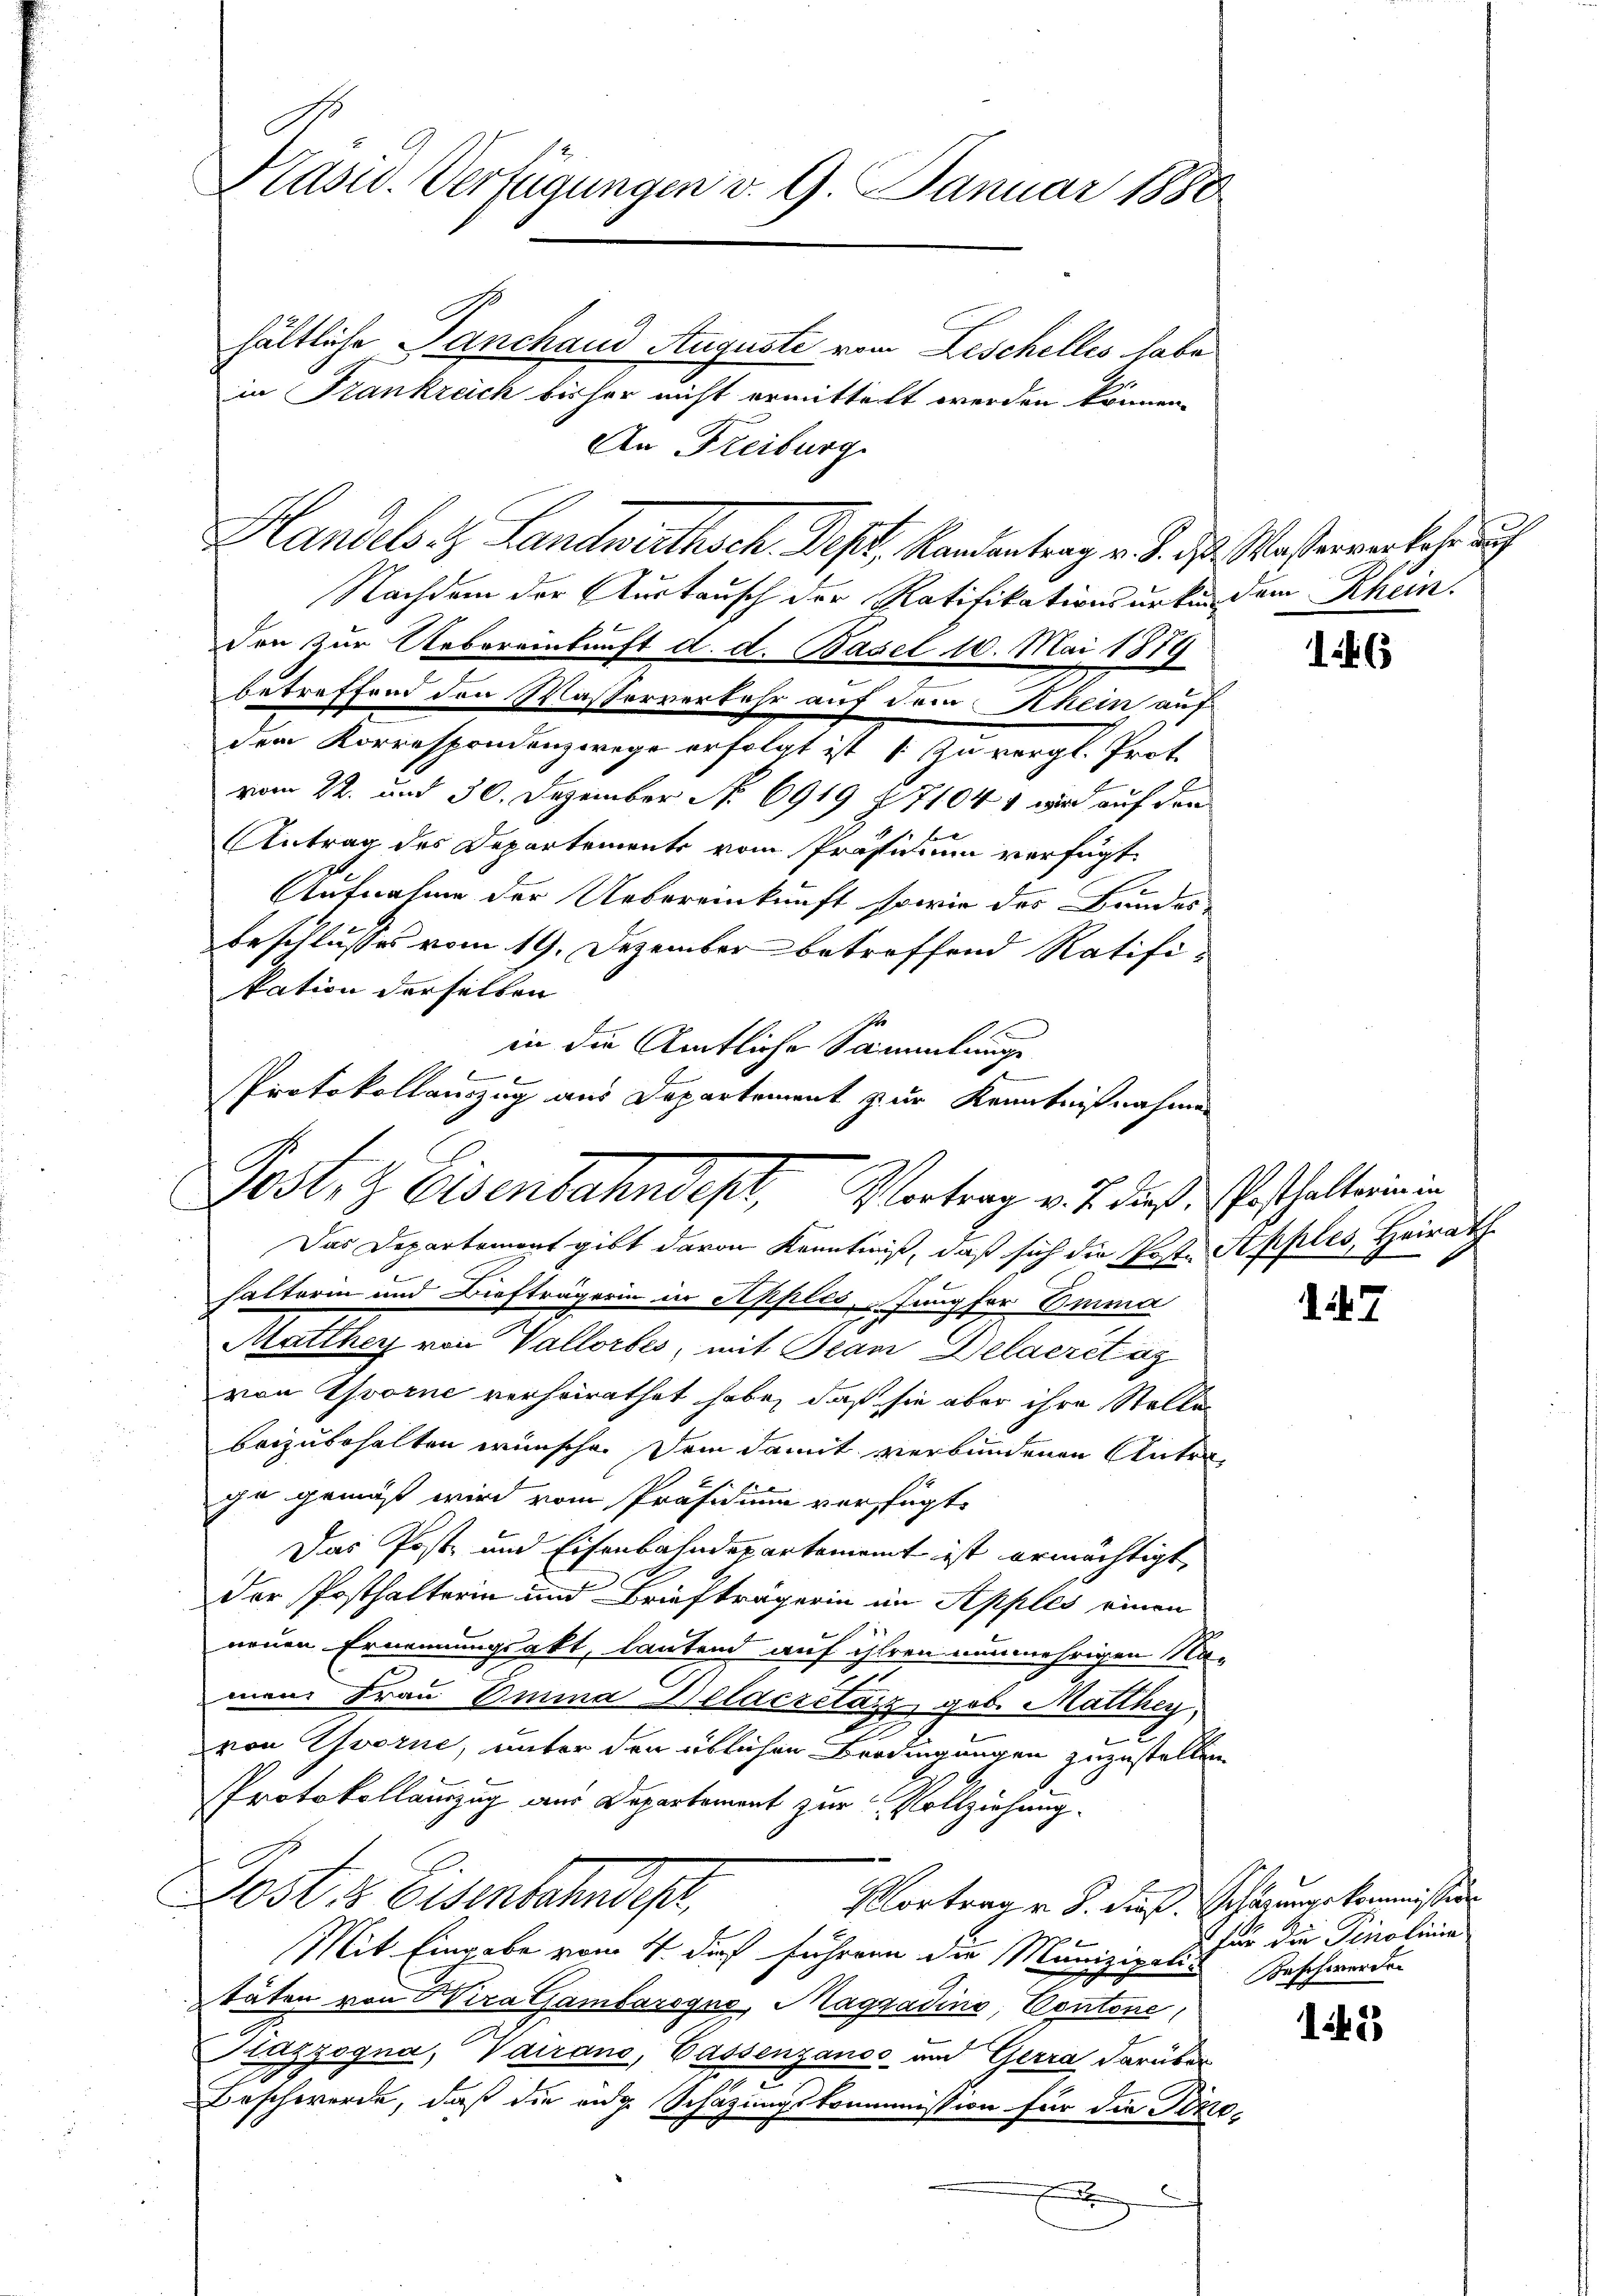
Präsid. Verfügungen v. 9. Januar 1880

Handels. z. Landwirthsch. Dest, Randantrag v. d. d. Wasserverkehr auf
Nachdem der Austausch der Ratifikationsurken dem Rhein.
den zur Uebereinkunft d. d. Basel 10. Mai 1879
betreffend den Wasserverkehr auf dem Khein auf
dem Korrespondenzwege erfolgt ist zu vergl. Prot
vom 22. und 30. Dezember No. 6919 § 71041 wird auf den
Antrag des Departements vom Präsidium verfügt:
Aufnahme der Uebereinkunft sowie der Bundes-
beschlusses vom 19. Dezember betreffend Ratifikation derselben
in die Amtliche Sammlunge
Das Departement gibt davon Kenntniß, daß sich die Poste Apples, Heirath
hatterin und Diefträgerin in Apples, Jungfor Emma
Matthey von Vallorbes, mit Jean Delacretag
von Yvorne verheirathet habe, daß sie aber ihre Stellen
beizubehalten wünsche. Dem damit verbundenen Unterge gemäß wird vom Präsidium verfügte
Das Post- und Eisenbahndepartement ist ermächtigt,
der Posthalterin und Briefträgerin im Apples einen
neuen Ernennungsakt, lautend auf ihren nunmehrigen Na-
mein Frau Omina Helderetanz geb. Matthey
von vorne, unter der üblichen Berdingungen zuzustellen.
Protokollamzug aus Departement zur Vollziehung.
Poster Eisenbehandest,
Portrag u. S. dieß. Schazungskommission
Mit Eingabe vom 4. du führen die Munizipal für die Tinolinia
täten von Wira Gambarsque, Maggadino, Contone,
Kazzogna, Vairano, Passenzanos und Gerra darüber
u
Beschwerde, daß die eidg. Schazungskommission für die Pizzo¬

h

hältliche Tanchand Augusti vom Beschelles habe
in Frankreich bisher nicht ermittelt werden können.
An Freiburg

Protokollauszug aus Departement zur Kenntnißnahmen
Postitz Eisenbahndept, Vertrag v. J. die Geschalterin in

146

17

Beschwerden

142